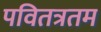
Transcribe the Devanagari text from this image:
पवितत्रतम